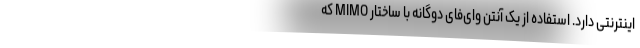
اینترنتی دارد. استفاده از یک آنتن وای‌فای دوگانه با ساختار MIMO که